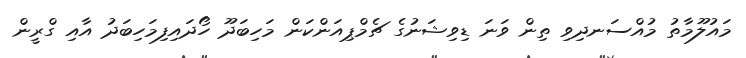
މައުލޫމާތު މުއްސަނދިވި ތިން ވަނަ ޑިވިޝަނުގެ ޗެމްޕިއަންކަން މަހިބަދޫ ހޯދައިފިމަހިބަދު އާއި ގްރީން